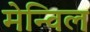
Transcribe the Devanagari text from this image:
मेन्विल